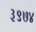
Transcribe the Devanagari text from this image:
३९७४